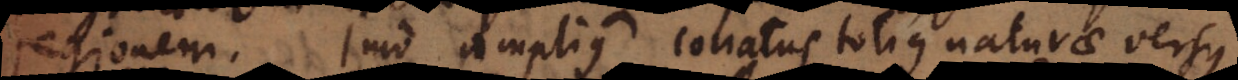
regionem. Imo amplius conatus totius naturae versus